Lunatic asylums Central Provinces reports 1895-1909 - 1895-1909
Year: 1895
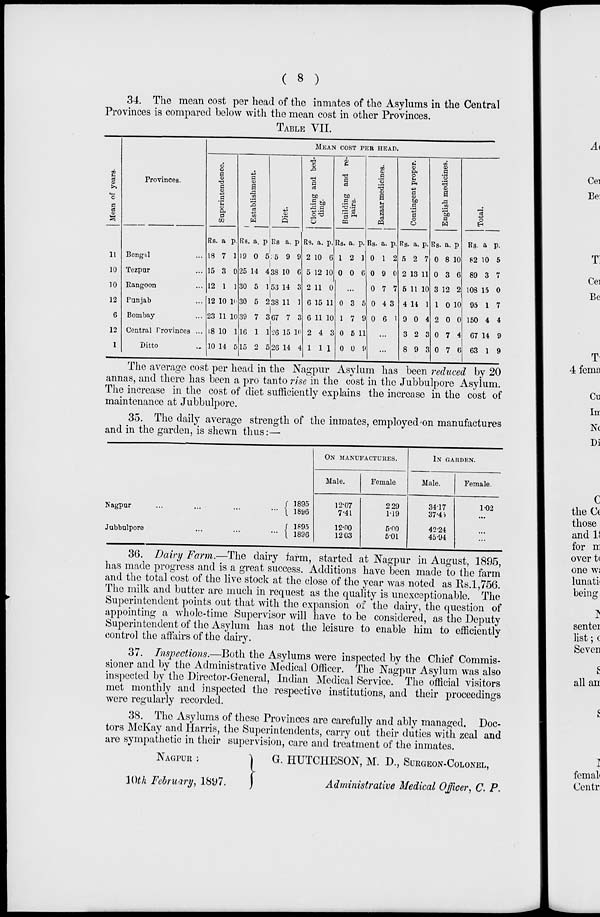
( 8 )
34. The mean cost per head of the inmates of the Asylums in the Central
Provinces is compared below with the mean cost in other Provinces.
TABLE VII.
Mean of years.
11
10
10
12
6
12
1
Provinces.
Bengal ...
Tezpur ...
Rangoon ...
Punjab ...
Bombay ...
Central Provinces ...
Ditto ...
MEAN COST PER HEAD.
Superintendence.
Rs.
18
15
12
12
23
18
10
a
7
3
1
10
11
10
14
p.
1
0
1
10
10
1
5
Establishment.
Rs.
19
25
30
30
39
16
15
a.
0
14
5
5
7
1
2
p.
5
4
1
2
3
1
5
Diet.
Rs.
5
38
53
38
67
26
26
a.
9
10
14
11
7
15
14
p.
9
6
3
1
3
10
4
Clothing and bed-
ding.
Rs.
2
5
2
6
6
2
1
a.
10
12
11
15
11
4
1
p.
6
10
0
11
10
3
1
Building and re-
pairs.
Rs.
1
0
a.
2
0
p.
1
6
...
0
1
0
0
3
7
5
0
5
9
11
9
Bazaar medicines.
Rs.
0
0
0
0
0
a.
1
9
7
4
6
p.
2
0
7
3
1
...
...
Contingent proper.
Rs.
5
2
5
4
9
3
8
a.
2
13
11
14
0
2
9
p.
7
11
10
1
4
3
3
English medicines.
Rs.
0
0
3
1
2
0
0
a.
8
3
12
0
0
7
7
p.
10
6
2
10
0
4
6
Total.
Rs.
82
89
108
95
150
67
63
a
10
3
15
1
4
14
1
p.
5
7
0
7
4
9
9
The average cost per head in the Nagpur Asylum has been reduced by 20
annas, and there has been a pro tanto rise in the cost in the Jubbulpore Asylum.
The increase in the cost of diet sufficiently explains the increase in the cost of
maintenance at Jubbulpore.
35. The daily average strength of the inmates, employed-on manufactures
and in the garden, is shewn thus:—
Nagpur ... ... ... ...
Jubbulpore ... ... ...
1895
1896
1895
1896
ON MANUFACTURES.
Male.
12.07
7.41
12.00
12.03
Female.
2.29
1.19
5.00
5.01
IN GARDEN.
Male.
34.17
37.45
42.24
45.94
Female.
1.02
...
...
...
36. Dairy Farm.—The dairy farm, started at Nagpur in August, 1895,
has made progress and is a great success. Additions have been made to the farm
and the total cost of the live stock at the close of the year was noted as Rs.1,756.
The milk and butter are much in request as the quality is unexceptionable. The
Superintendent points out that with the expansion of the dairy, the question of
appointing a whole-time Supervisor will have to be considered, as the Deputy
Superintendent of the Asylum has not the leisure to enable him to efficiently
control the affairs of the dairy.
37. Inspections.—Both the Asylums were inspected by the Chief Commis-
sioner and by the Administrative Medical Officer. The Nagpur Asylum was also
inspected by the Director-General, Indian Medical Service. The official visitors
met monthly and inspected the respective institutions, and their proceedings
were regularly recorded.
38. The Asylums of these Provinces are carefully and ably managed. Doc-
tors McKay and Harris, the Superintendents, carry out their duties with zeal and
are sympathetic in their supervision, care and treatment of the inmates.
NAGPUR :
10th February, 1897.
G. HUTCHESON, M. D., SURGEON-COLONEL,
Administrative Medical Officer, C. P.